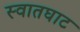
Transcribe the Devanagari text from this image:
स्वातघाट